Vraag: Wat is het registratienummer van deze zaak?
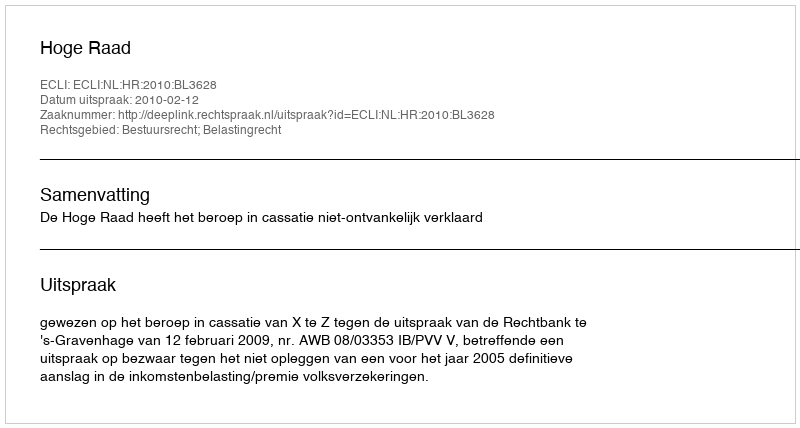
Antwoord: http://deeplink.rechtspraak.nl/uitspraak?id=ECLI:NL:HR:2010:BL3628